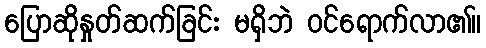
ပြောဆိုနှုတ်ဆက်ခြင်း မရှိဘဲ ဝင်ရောက်လာ၏။